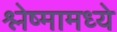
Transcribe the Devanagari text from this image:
श्लेष्मामध्ये